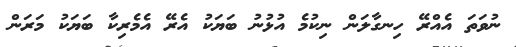
ނުވަތަ އެއްރޭ ހިނގާލަން ނިކުމެ އުޅުނު ބަޔަކު އެރޭ އެމެރިކާ ބަޔަކު މަރަން